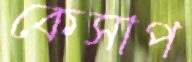
কেসাপ